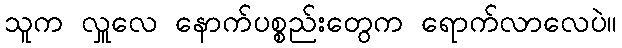
သူက လှူလေ နောက်ပစ္စည်းတွေက ရောက်လာလေပဲ။